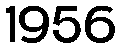
1956